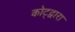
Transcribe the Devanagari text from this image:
कोट्द्वारा